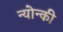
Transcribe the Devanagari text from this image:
न्योन्की